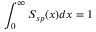
\int _ { 0 } ^ { \infty } S _ { s p } ( x ) d x = 1